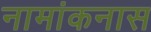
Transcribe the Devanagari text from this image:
नामांकनास